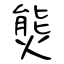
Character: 熋